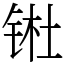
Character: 𬭊